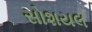
સોશયલ